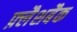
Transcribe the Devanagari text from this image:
फ़्लैशबैक